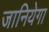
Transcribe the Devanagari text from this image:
जानियेगा